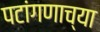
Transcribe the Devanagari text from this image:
पटांगणाच्या